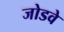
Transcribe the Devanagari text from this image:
जोडवे